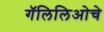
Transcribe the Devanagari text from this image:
गॅलिलिओचे